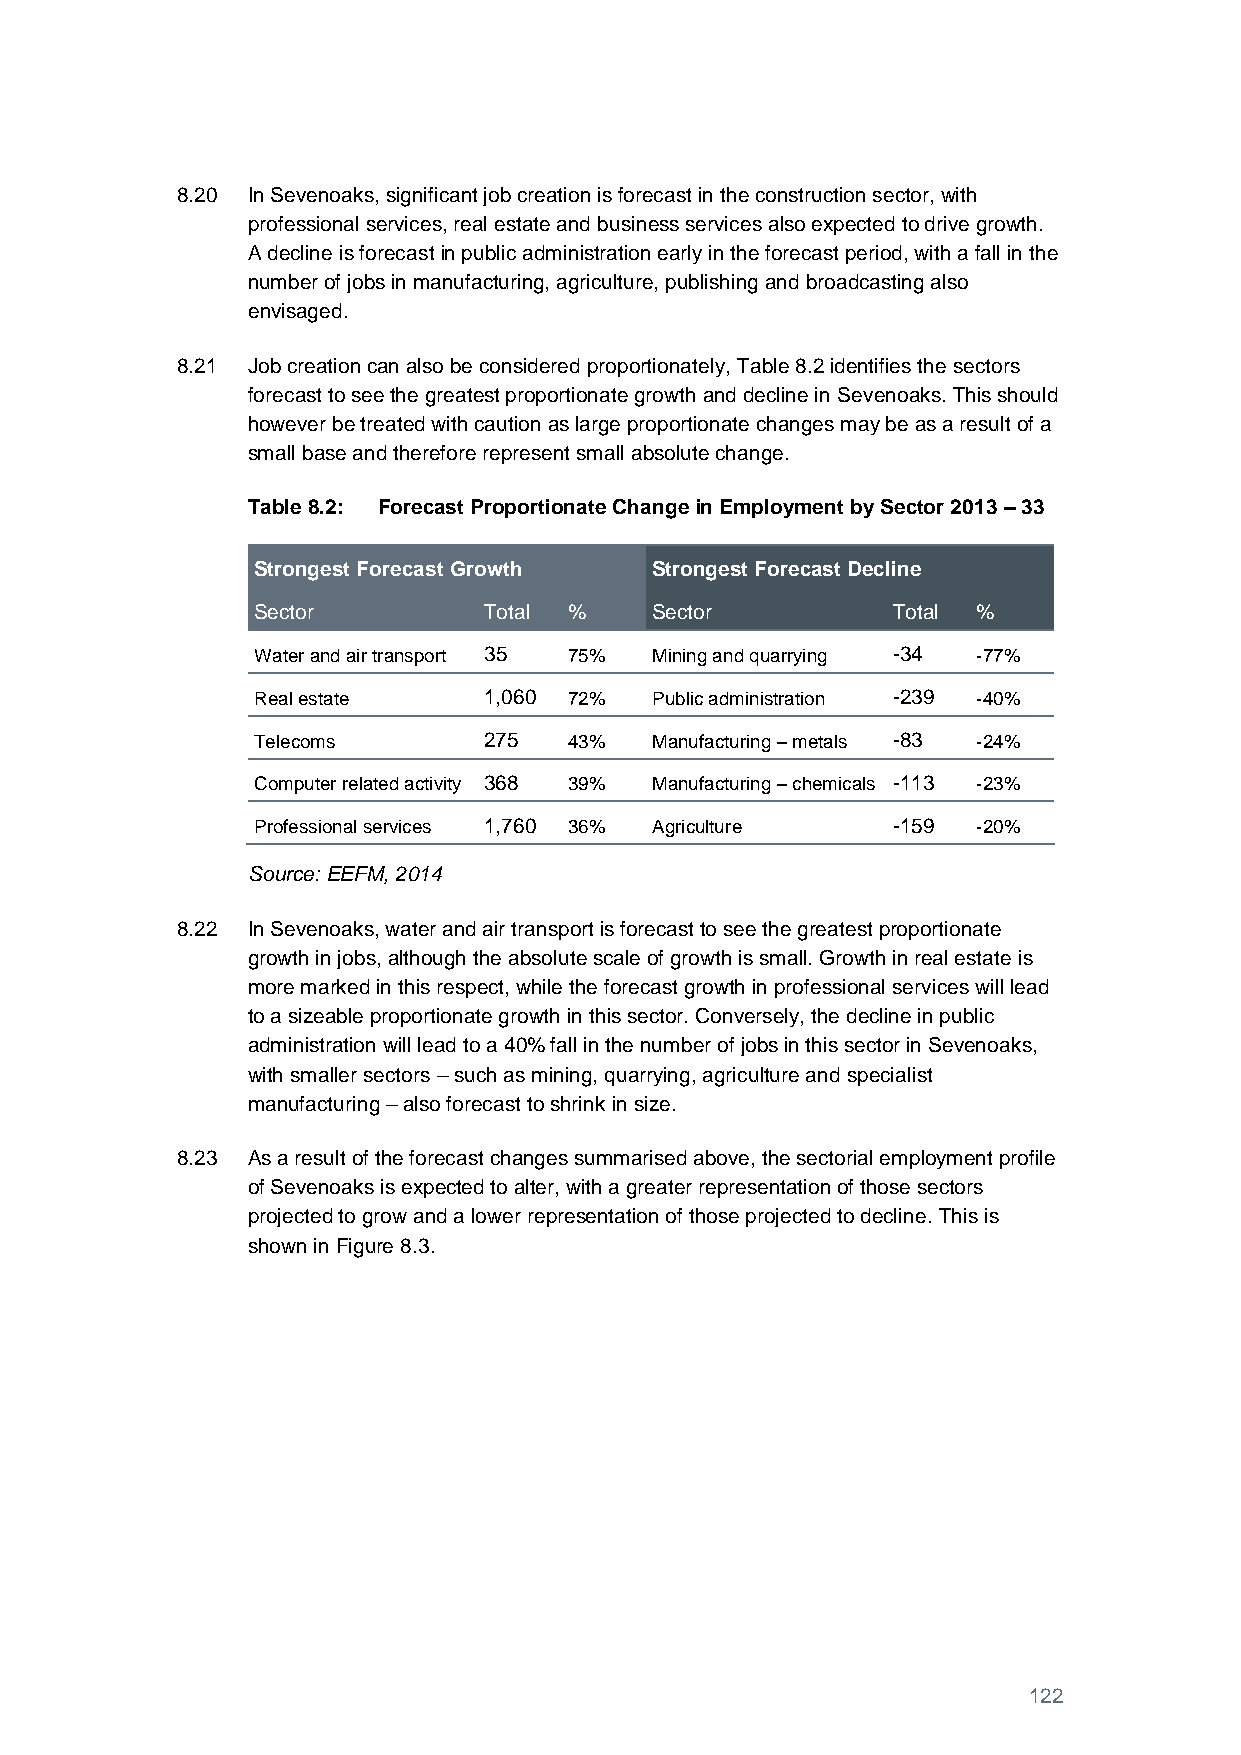
8.20 In Sevenoaks, significant job creation is forecast in the construction sector, with
 professional services, real estate and business services also expected to drive growth.
 A decline is forecast in public administration early in the forecast period, with a fall in the
 number of jobs in manufacturing, agriculture, publishing and broadcasting also
 envisaged.
 8.21 Job creation can also be considered proportionately, Table 8.2 identifies the sectors
 forecast to see the greatest proportionate growth and decline in Sevenoaks. This should
 however be treated with caution as large proportionate changes may be as a result of a
 small base and therefore represent small absolute change.
 Table 8.2: Forecast Proportionate Change in Employment by Sector 2013 – 33
 Strongest Forecast Growth Strongest Forecast Decline
 Sector         Total %    Sector          Total %
 Water and air transport 35 75% Mining and quarrying -34 -77%
 Real estate    1,060 72%  Public administration -239 -40%
 Telecoms       275   43%  Manufacturing – metals -83 -24%
 Computer related activity 368 39% Manufacturing – chemicals -113 -23%
 Professional services 1,760 36% Agriculture -159 -20%
 Source: EEFM, 2014
 8.22 In Sevenoaks, water and air transport is forecast to see the greatest proportionate
 growth in jobs, although the absolute scale of growth is small. Growth in real estate is
 more marked in this respect, while the forecast growth in professional services will lead
 to a sizeable proportionate growth in this sector. Conversely, the decline in public
 administration will lead to a 40% fall in the number of jobs in this sector in Sevenoaks,
 with smaller sectors – such as mining, quarrying, agriculture and specialist
 manufacturing – also forecast to shrink in size.
 8.23 As a result of the forecast changes summarised above, the sectorial employment profile
 of Sevenoaks is expected to alter, with a greater representation of those sectors
 projected to grow and a lower representation of those projected to decline. This is
 shown in Figure 8.3.
 122